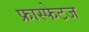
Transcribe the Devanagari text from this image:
फ्रास्फेटज